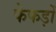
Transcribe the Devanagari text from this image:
फेफड़ोँ